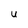
Character: U